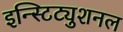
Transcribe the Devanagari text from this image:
इन्स्टिट्युशनल